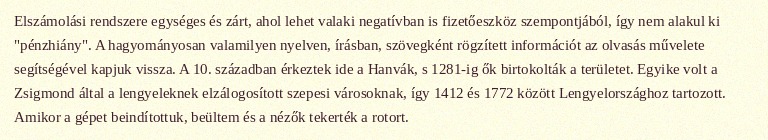
Elszámolási rendszere egységes és zárt, ahol lehet valaki negatívban is fizetőeszköz szempontjából, így nem alakul ki "pénzhiány". A hagyományosan valamilyen nyelven, írásban, szövegként rögzített információt az olvasás művelete segítségével kapjuk vissza. A 10. században érkeztek ide a Hanvák, s 1281-ig ők birtokolták a területet. Egyike volt a Zsigmond által a lengyeleknek elzálogosított szepesi városoknak, így 1412 és 1772 között Lengyelországhoz tartozott. Amikor a gépet beindítottuk, beültem és a nézők tekerték a rotort.